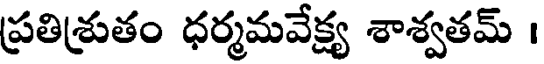
ప్రతిశ్రుతం ధర్మమవేక్ష్య శాశ్వతమ్ ।